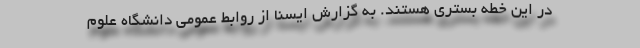
در این خطه بستری هستند. به گزارش ایسنا از روابط عمومی دانشگاه علوم